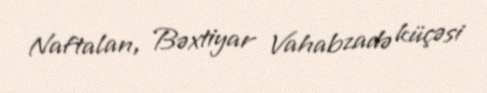
Naftalan, Bəxtiyar Vahabzadə küçəsi